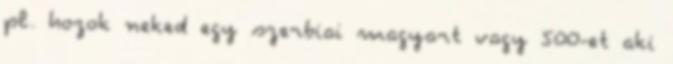
pl. hozok neked egy szerbiai magyart vagy 500-et aki